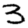
Digit: 3